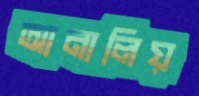
আনালিয়